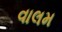
વાલમ